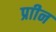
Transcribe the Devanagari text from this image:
प्राीन